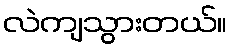
လဲကျသွားတယ်။